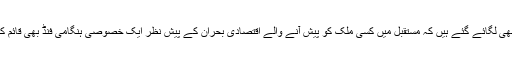
ایسے اندازے بھی لگائے گئے ہیں کہ مستقبل میں کسی ملک کو پیش آنے والے اقتصادی بحران کے پیش نظر ایک خصوصی ہنگامی فنڈ بھی قائم کیا جا سکتا ہے۔